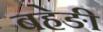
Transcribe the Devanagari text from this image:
बहेङी